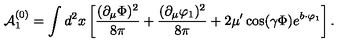
{ \cal A } _ { 1 } ^ { ( 0 ) } = \int d ^ { 2 } x \left[ \frac { ( \partial _ { \mu } \Phi ) ^ { 2 } } { 8 \pi } + \frac { ( \partial _ { \mu } \varphi _ { 1 } ) ^ { 2 } } { 8 \pi } + 2 \mu ^ { \prime } \cos ( \gamma \Phi ) e ^ { b \cdot \varphi _ { 1 } } \right] .